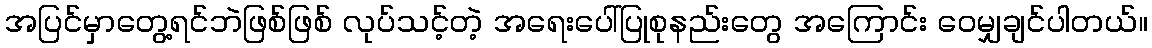
အပြင်မှာတွေ့ရင်ဘဲဖြစ်ဖြစ် လုပ်သင့်တဲ့ အရေးပေါ်ပြုစုနည်းတွေ အကြောင်း ဝေမျှချင်ပါတယ်။